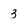
Character: 3